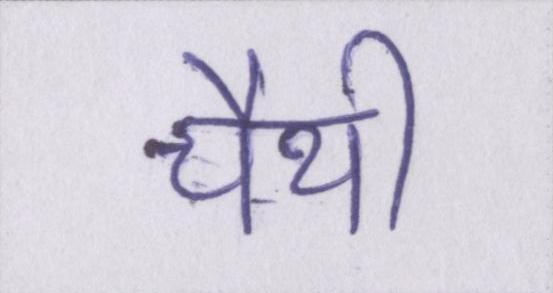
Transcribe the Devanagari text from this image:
चैथी